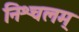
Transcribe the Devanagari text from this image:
निश्चलम्